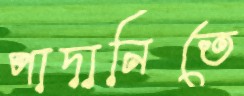
পাদানিতে